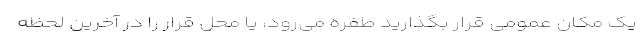
یک مکان عمومی قرار بگذارید طفره می‌رود، یا محل قرار را در آخرین لحظه